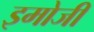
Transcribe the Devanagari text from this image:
इमोजी